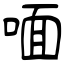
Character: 喕